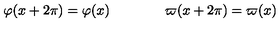
\varphi ( x + 2 \pi ) = \varphi ( x ) \qquad \qquad \varpi ( x + 2 \pi ) = \varpi ( x )